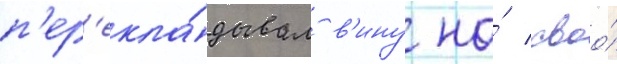
п'ер'екла́дывал в'ину на́ своо́